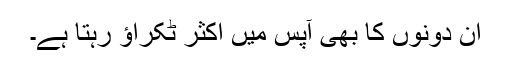
ان دونوں کا بھی آپس میں اکثر ٹکراؤ رہتا ہے۔